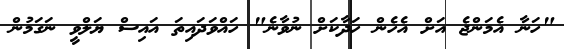
"ހަނާ އެމަންޖެ އަށް އެހެން ހަދާކަށް ނުވާނެ" ހައްވަދައިތަ އައިސް ޔަލްވީ ނަގަމުން